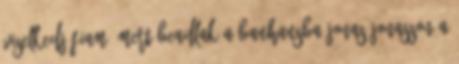
Viselkedj fiam, mert beadlak a Bauhausba Jonas Jonasson A